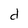
Character: d